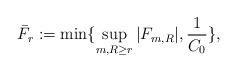
LaTeX: \begin{align*}\bar F_r:=\min\{\sup_{m,R\ge r}|F_{m,R}|,\frac{1}{C_0}\},\end{align*}